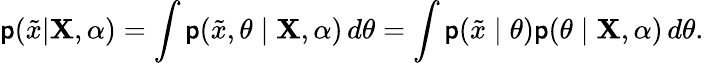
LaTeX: \mathsf{p}({\tilde{{x}}}|\mathbf{{X}},\alpha)=\int\mathsf{p}({\tilde{{x}}},\theta\mid\mathbf{{X}},\alpha)\, d\theta=\int\mathsf{p}({\tilde{{x}}}\mid\theta)\mathsf{p}(\theta\mid\mathbf{{X}},\alpha)\, d\theta.